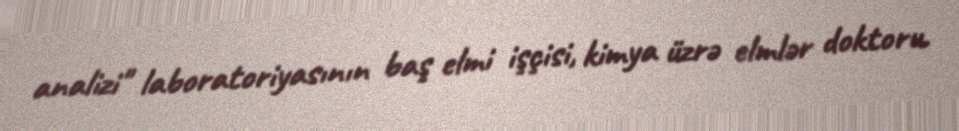
analizi" laboratoriyasının baş elmi işçisi, kimya üzrə elmlər doktoru.